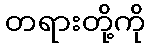
တရားတို့ကို